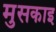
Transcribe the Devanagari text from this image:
मुसकाइ